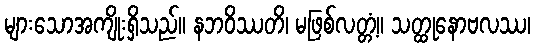
များသောအကျိုးရှိသည်။ နဘဝိဿတိ၊ မဖြစ်လတ္တံ့။ သတ္ထုနောဗလဿ၊